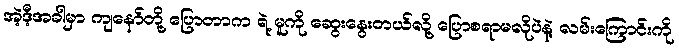
အဲ့ဒီ့အခါမှာ ကျနော်တို့ ပြောတာက ရဲ့ မူကို ဆွေးနွေးတယ်လို့ ပြောစရာမလိုပဲနဲ့ လမ်းကြောင်းကို